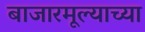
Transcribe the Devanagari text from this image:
बाजारमूल्याच्या